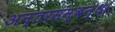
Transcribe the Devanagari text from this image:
अन्तरसम्बन्ध।